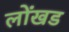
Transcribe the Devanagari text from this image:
लोंखड